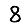
Digit: 8